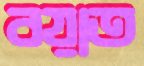
বয়াত